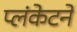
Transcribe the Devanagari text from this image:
प्लंकेटने